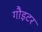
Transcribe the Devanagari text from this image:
गौइटर